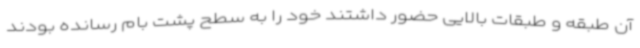
آن طبقه و طبقات بالایی حضور داشتند خود را به سطح پشت بام رسانده بودند